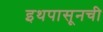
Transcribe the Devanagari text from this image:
इथपासूनची